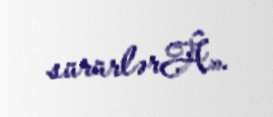
sürürlərÂ».